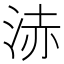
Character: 浾